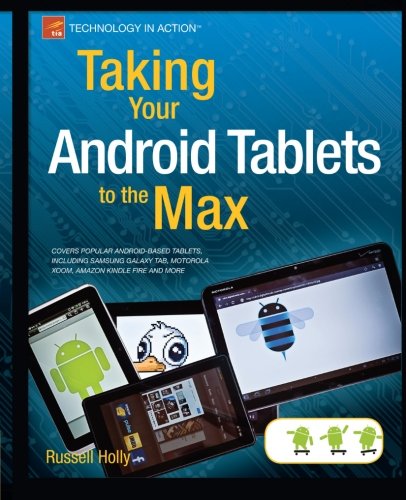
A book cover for Taking Your Android Tablets to the Max (Technology in Action); Russell Holly; Computers & Technology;